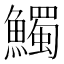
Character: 𩼟